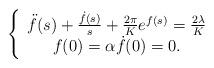
LaTeX: \begin{align*}\left\{\begin{array}[c]{c}\ddot{f}(s)+\frac{\dot{f}(s)}{s}+\frac{2\pi}{K}e^{f(s)}=\frac{2\lambda}{K}\\f(0)=\alpha\dot{f}(0)=0.\end{array}\right. \end{align*}